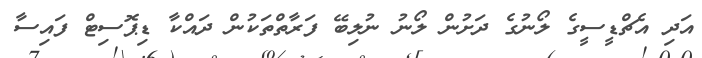
އަދި އެޗްޑީސީގެ ލޯނުގެ ދަށުން ލޯނު ނުލިބޭ ފަރާތްތަކުން ދައްކާ ޑިޕޮސިޓް ފައިސާ